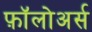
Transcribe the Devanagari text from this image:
फ़ॉलोअर्स